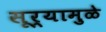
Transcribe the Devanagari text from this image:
सूर्यामुळे